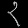
Digit: ၃